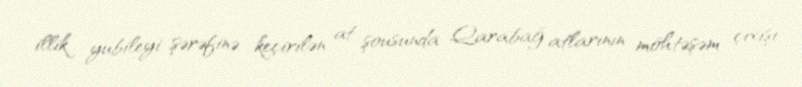
illik yubileyi şərəfinə keçirilən at şousunda Qarabağ atlarının möhtəşəm çıxışı